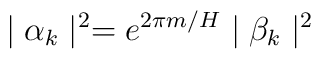
\mid \alpha _k\mid ^2=e^{2\pi m/H}\mid \beta _k\mid ^2